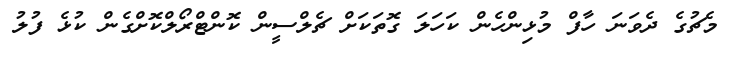
މެޗުގެ ދެވަނަ ހާފް މުޅިންހެން ކަހަލަ ގޮތަކަށް ޗެލްސީން ކޮންޓްރޯލްކޮށްގެން ކުޅެ ފުލު